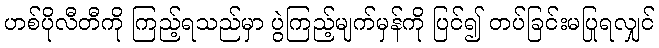
ဟစ်ပိုလီတီကို ကြည့်ရသည်မှာ ပွဲကြည့်မျက်မှန်ကို ပြင်၍ တပ်ခြင်းမပြုရလျှင်